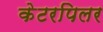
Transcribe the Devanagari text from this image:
केटरपिलर